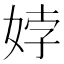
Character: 㛘